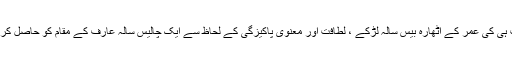
اس وقت آپ ہی کی عمر کے اٹھارہ بیس سالہ لڑکے ، لطافت اور معنوی پاکیزگی کے لحاظ سے ایک چالیس سالہ عارف کے مقام کو حاصل کر لیتے تھے۔